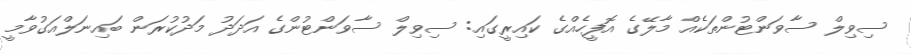
ސިވިލް ސާވަންޓުންތަކެއް މާލޭގެ އޮފީހެއްގެ ކައިރީގައި: ސިވިލް ސާވަންޓުންގެ އަދަދު މަދުކުރަން ބައިނަލްއަގުވާމީ